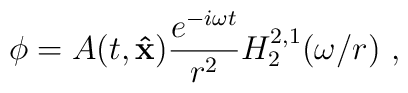
\phi = A(t,{\bf\hat x}) \frac{e^{-i\omega t}}{r^2} H^{2,1}_2(\omega/r)\ ,